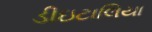
ડીઇટાલિયા